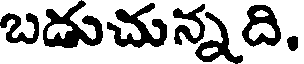
బడుచున్నది,